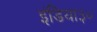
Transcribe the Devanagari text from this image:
इंडिया३०